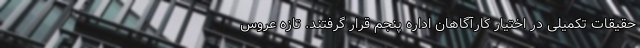
حقیقات تکمیلی در اختیار کارآگاهان اداره پنجم قرار گرفتند. تازه عروس